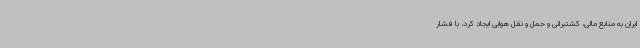
ایران به منابع مالی، کشتیرانی و حمل و نقل هوایی ایجاد کرد، با فشار